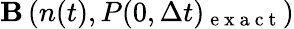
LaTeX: {\mathbf B}\left(n(t),P(0,\Delta t)_{\mathrm{~e~x~a~c~t~}}\right)